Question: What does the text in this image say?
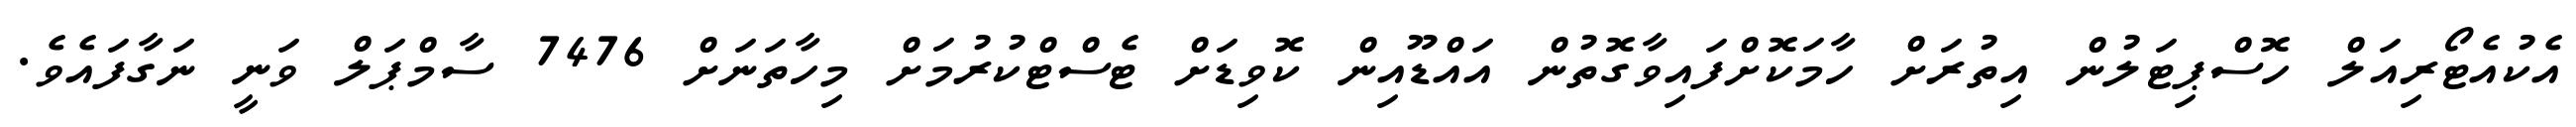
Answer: އެކުއެޓޯރިއަލް ހޮސްޕިޓަލުން އިތުރަށް ހާމަކޮށްފައިވާގޮތުން އައްޑޫއިން ކޮވިޑަށް ޓެސްޓްކުރުމަށް މިހާތަނަށް 7476 ސާމްޕަލް ވަނީ ނަގާފައެވެ.